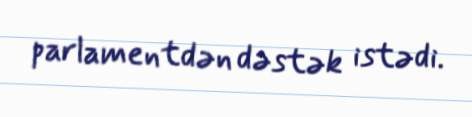
parlamentdən dəstək istədi.